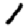
Digit: 1